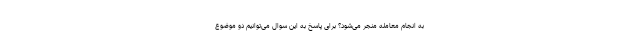
به انجام معامله منجر می‌شود؟ برای پاسخ به این سوال می‌توانیم دو موضوع